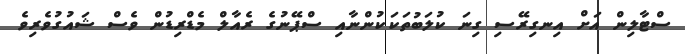
ސްޓާލިން އަށް އިނގިރޭސި ގިނަ ކުލަބުތަކަކުންނާއި ސްޕޭނުގެ ރެއާލް މެޑްރިޑުން ވެސް ޝައުގުވެރިވެ